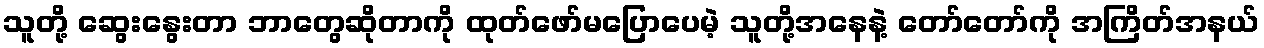
သူတို့ ဆွေးနွေးတာ ဘာတွေဆိုတာကို ထုတ်ဖော်မပြောပေမဲ့ သူတို့အနေနဲ့ တော်တော်ကို အကြိတ်အနယ်